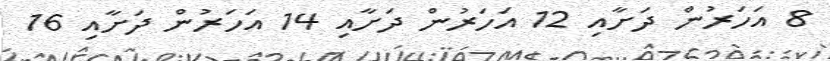
8 އަހަރުން ދަށާއި 12 އަހަރުން ދަށާއި 14 އަހަރުން ދަށާއި 16